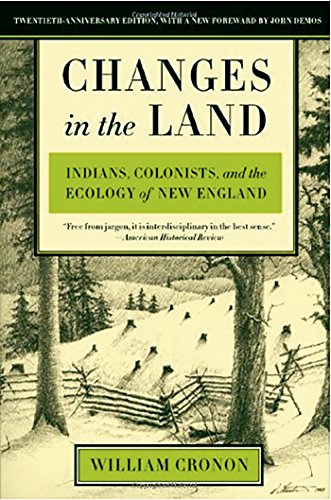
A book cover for Changes in the Land: Indians, Colonists, and the Ecology of New England; William Cronon; Science & Math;